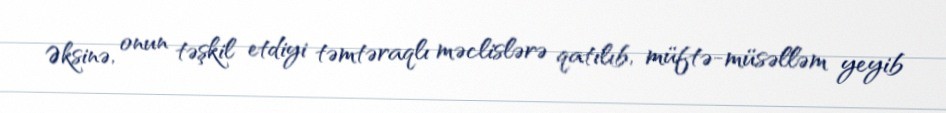
Əksinə, onun təşkil etdiyi təmtəraqlı məclislərə qatılıb, müftə-müsəlləm yeyib